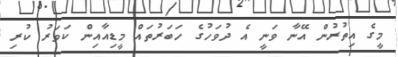
މީގެ އިތުރުން އޭނާ ވަނީ އެ ދުވަހުގެ ހަބަރުތައް މީޑިއާއިން ކަވަރު ކުރި